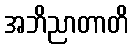
အဘိညာတာတိ